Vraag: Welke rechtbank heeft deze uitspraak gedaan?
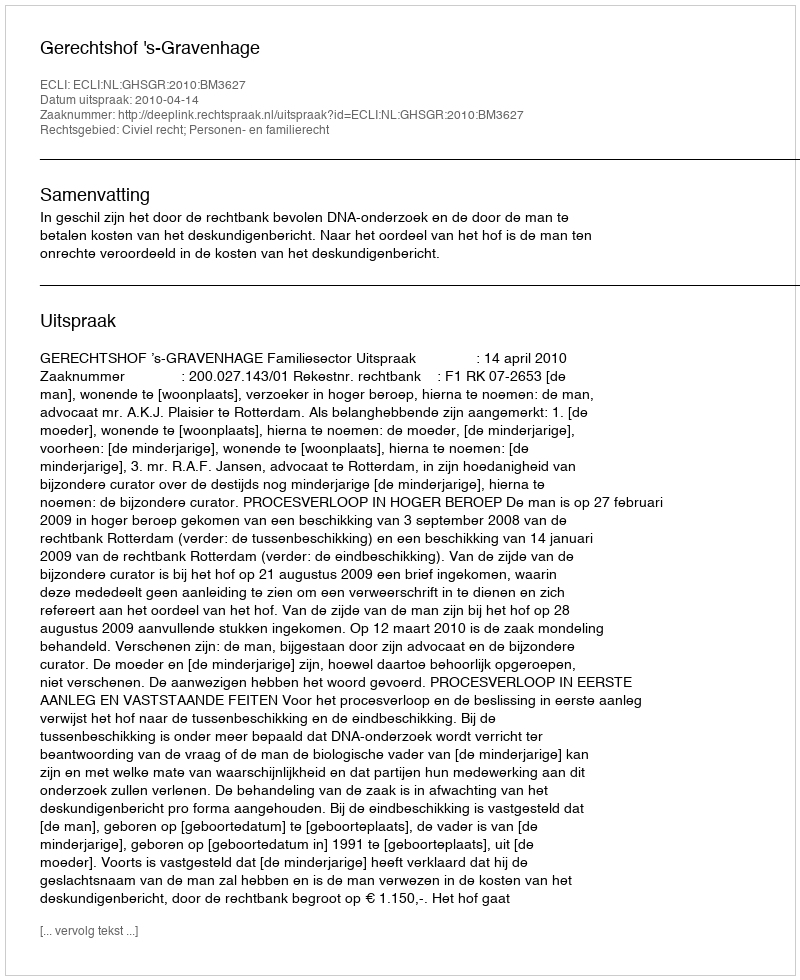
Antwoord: Gerechtshof 's-Gravenhage